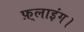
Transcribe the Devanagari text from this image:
फ़्लाइंग।